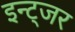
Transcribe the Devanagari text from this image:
इन्ट्जर